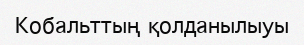
Кобальттың қолданылыуы